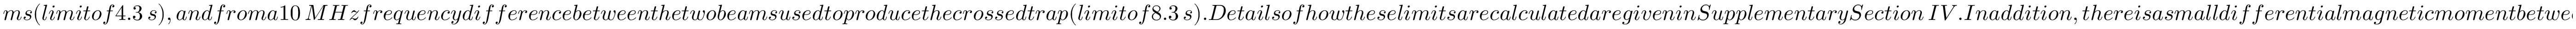
m s ( l i m i t o f 4 . 3 \, s ) , a n d f r o m a 1 0 \, M H z f r e q u e n c y d i f f e r e n c e b e t w e e n t h e t w o b e a m s u s e d t o p r o d u c e t h e c r o s s e d t r a p ( l i m i t o f 8 . 3 \, s ) . D e t a i l s o f h o w t h e s e l i m i t s a r e c a l c u l a t e d a r e g i v e n i n S u p p l e m e n t a r y S e c t i o n \, I V . I n a d d i t i o n , t h e r e i s a s m a l l d i f f e r e n t i a l m a g n e t i c m o m e n t b e t w e e n t h e s t a t e s o f